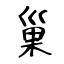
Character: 巢